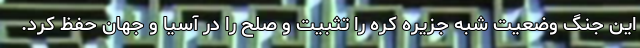
این جنگ وضعیت شبه جزیره کره را تثبیت و صلح را در آسیا و جهان حفظ کرد.